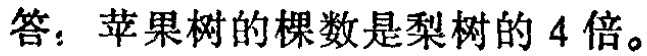
答：苹果树的棵数是梨树的 4 倍。